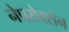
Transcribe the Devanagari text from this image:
नेपरोक्सेन